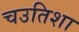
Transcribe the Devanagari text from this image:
चउतिशा